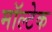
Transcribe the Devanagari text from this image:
मॉल्टेक